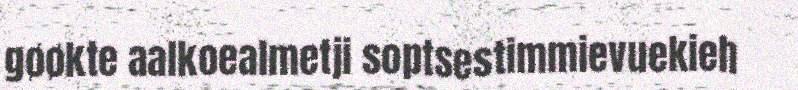
gøøkte aalkoealmetji soptsestimmievuekieh